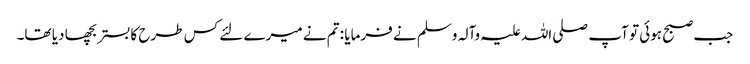
جب صبح ہوئی تو آپ صلی اللہ علیہ وآلہ وسلم نے فرمایا : تم نے میرے لئے کس طرح کا بستر بچھا دیا تھا۔